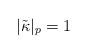
LaTeX: \begin{align*}|\tilde{\kappa}|_p=1\end{align*}